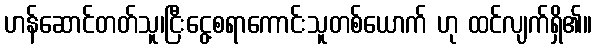
ဟန်ဆောင်တတ်သူ၊ငြီးငွေ့စရာကောင်းသူတစ်ယောက် ဟု ထင်လျက်ရှိ၏။